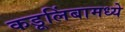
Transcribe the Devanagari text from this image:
कडूलिंबामध्ये